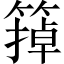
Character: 𬕩